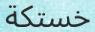
خستكة